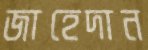
জাহেদান